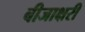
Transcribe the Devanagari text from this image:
बीजाक्षरी